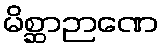
မိစ္ဆာဉာဏေ